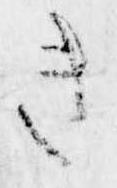
き